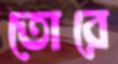
তোরে